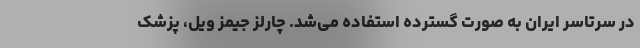
در سرتاسر ایران به صورت گسترده استفاده می‌شد. چارلز جیمز ویل، پزشک